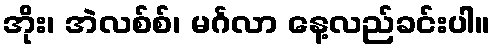
အိုး၊ အဲလစ်စ်၊ မင်္ဂလာ နေ့လည်ခင်းပါ။